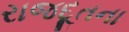
રાજદૂતના